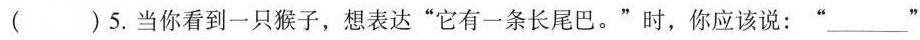
( ) 5. 当你看到一只猴子,想表达“有一条长尾巴。"时,你应该说:“___”